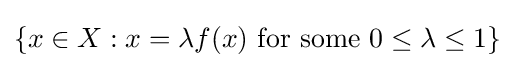
\{x\in X:x=\lambda f(x){\mbox{ for some }}0\leq \lambda \leq 1\}